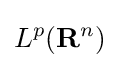
L^{p}(\mathbf {R} ^{n})